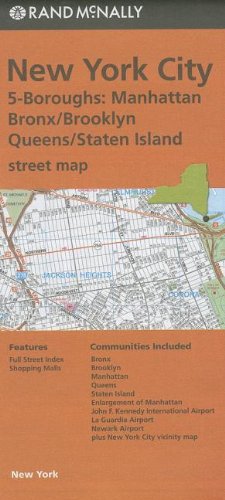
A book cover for Rand McNally Folded Map: New York City 5 Boroughs (Manhattan/Bronx/Brooklyn/Queens/Staten Island); Rand McNally; Travel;